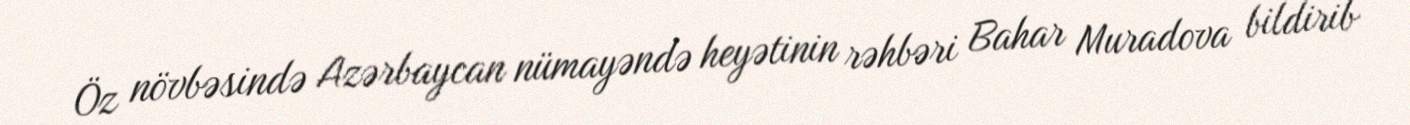
Öz növbəsində Azərbaycan nümayəndə heyətinin rəhbəri Bahar Muradova bildirib